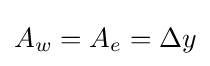
A_{w}=A_{e}=\Delta {}y